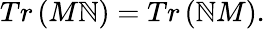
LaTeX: Tr\left(M\mathbb{N}\right)=Tr\left(\mathbb{N}M\right).